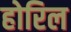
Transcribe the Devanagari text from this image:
होरिल